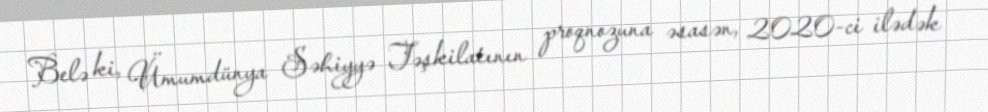
Belə ki, Ümumdünya Səhiyyə Təşkilatının proqnozuna əsasən, 2020-ci ilədək